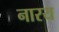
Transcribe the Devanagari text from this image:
नारय